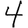
Digit: 4